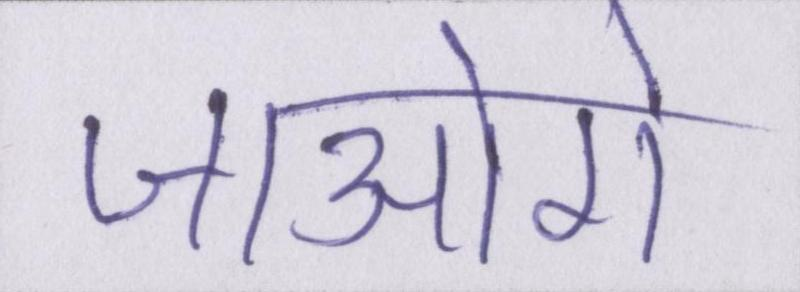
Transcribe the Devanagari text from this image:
जाओगे